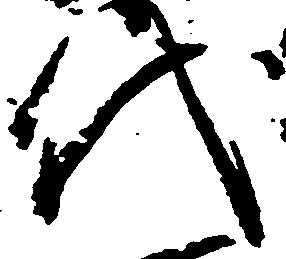
代